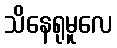
သိနေရုမူလေ